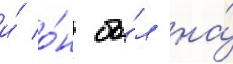
и́ о́н бы́л на́